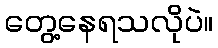
တွေ့နေရသလိုပဲ။